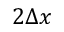
2 \Delta x